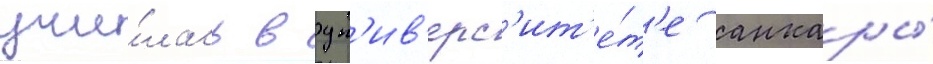
учи́лась в ун'ив'ерс'ит'е́т'е анкары́